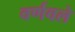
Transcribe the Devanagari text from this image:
वर्णवले